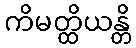
ကိမတ္ထိယန္တိ